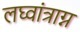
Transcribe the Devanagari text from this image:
लघ्वांत्राग्न